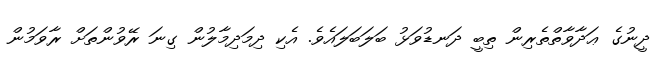
ދީނުގެ ޢަދާވާތްތެރިން ތިބީ ދަނޑުވަޅު ބަލަބަލައެެވެ. އެކި ދިމަދިމާލުން ގިނަ ރޭވުންތަށް ރާވަމުން